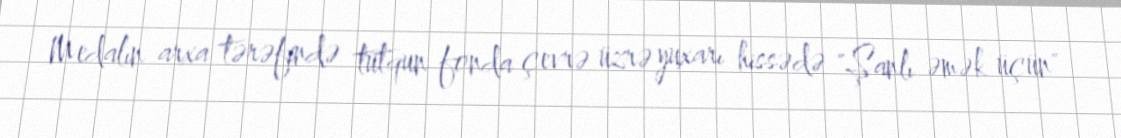
Medalın arxa tərəfində tutqun fonda çevrə üzrə yuxarı hissədə "Şanlı əmək üçün"